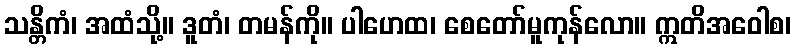
သန္တိကံ၊ အထံသို့။ ဒူတံ၊ တမန်ကို။ ပါဟေထ၊ စေတော်မူကုန်လော။ ဣတိအဝေါစ၊